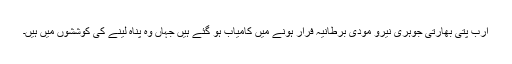
ارب پتی بھارتی جوہری نیروَ مودی برطانیہ فرار ہونے میں کامیاب ہو گئے ہیں جہاں وہ پناہ لینے کی کوششوں میں ہیں۔